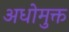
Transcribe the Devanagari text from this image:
अधोमुक्त